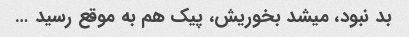
بد نبود، میشد بخوریش، پیک هم به موقع رسید …